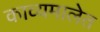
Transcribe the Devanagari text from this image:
काव्यमालेत